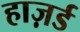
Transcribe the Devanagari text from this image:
हाज़र्ड